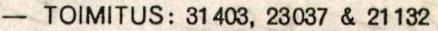
- TOIMITUS: 31 403, 23037 & 21 132